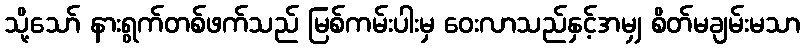
သို့သော် နားရွက်တစ်ဖက်သည် မြစ်ကမ်းပါးမှ ဝေးလာသည်နှင့်အမျှ စိတ်မချမ်းမသာ